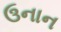
ઉનાન